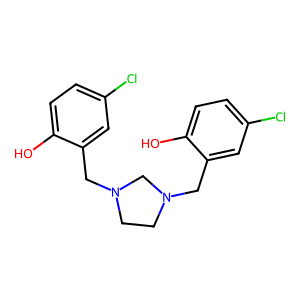
SMILES: Oc1ccc(Cl)cc1CN1CCN(Cc2cc(Cl)ccc2O)C1
Inhibits HIV replication: No